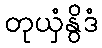
တုယှံနွိဒံ